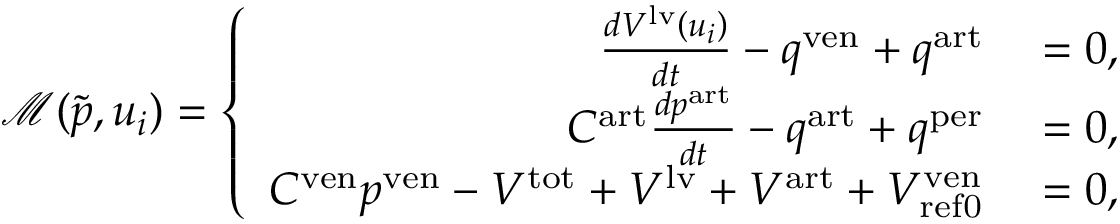
\mathcal { M } ( \tilde { p } , u _ { i } ) = \left\{ \begin{array} { r l } { \frac { d V ^ { \mathrm { l v } } \left( u _ { i } \right) } { d t } - q ^ { \mathrm { v e n } } + q ^ { \mathrm { a r t } } } & { { } = 0 , } \\ { C ^ { \mathrm { a r t } } \frac { d p ^ { \mathrm { a r t } } } { d t } - q ^ { \mathrm { a r t } } + q ^ { \mathrm { p e r } } } & { { } = 0 , } \\ { C ^ { \mathrm { v e n } } p ^ { \mathrm { v e n } } - V ^ { \mathrm { t o t } } + V ^ { \mathrm { l v } } + V ^ { \mathrm { a r t } } + V _ { \mathrm { { r e f 0 } } } ^ { \mathrm { v e n } } } & { { } = 0 , } \end{array} \right.